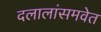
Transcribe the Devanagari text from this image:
दलालांसमवेत